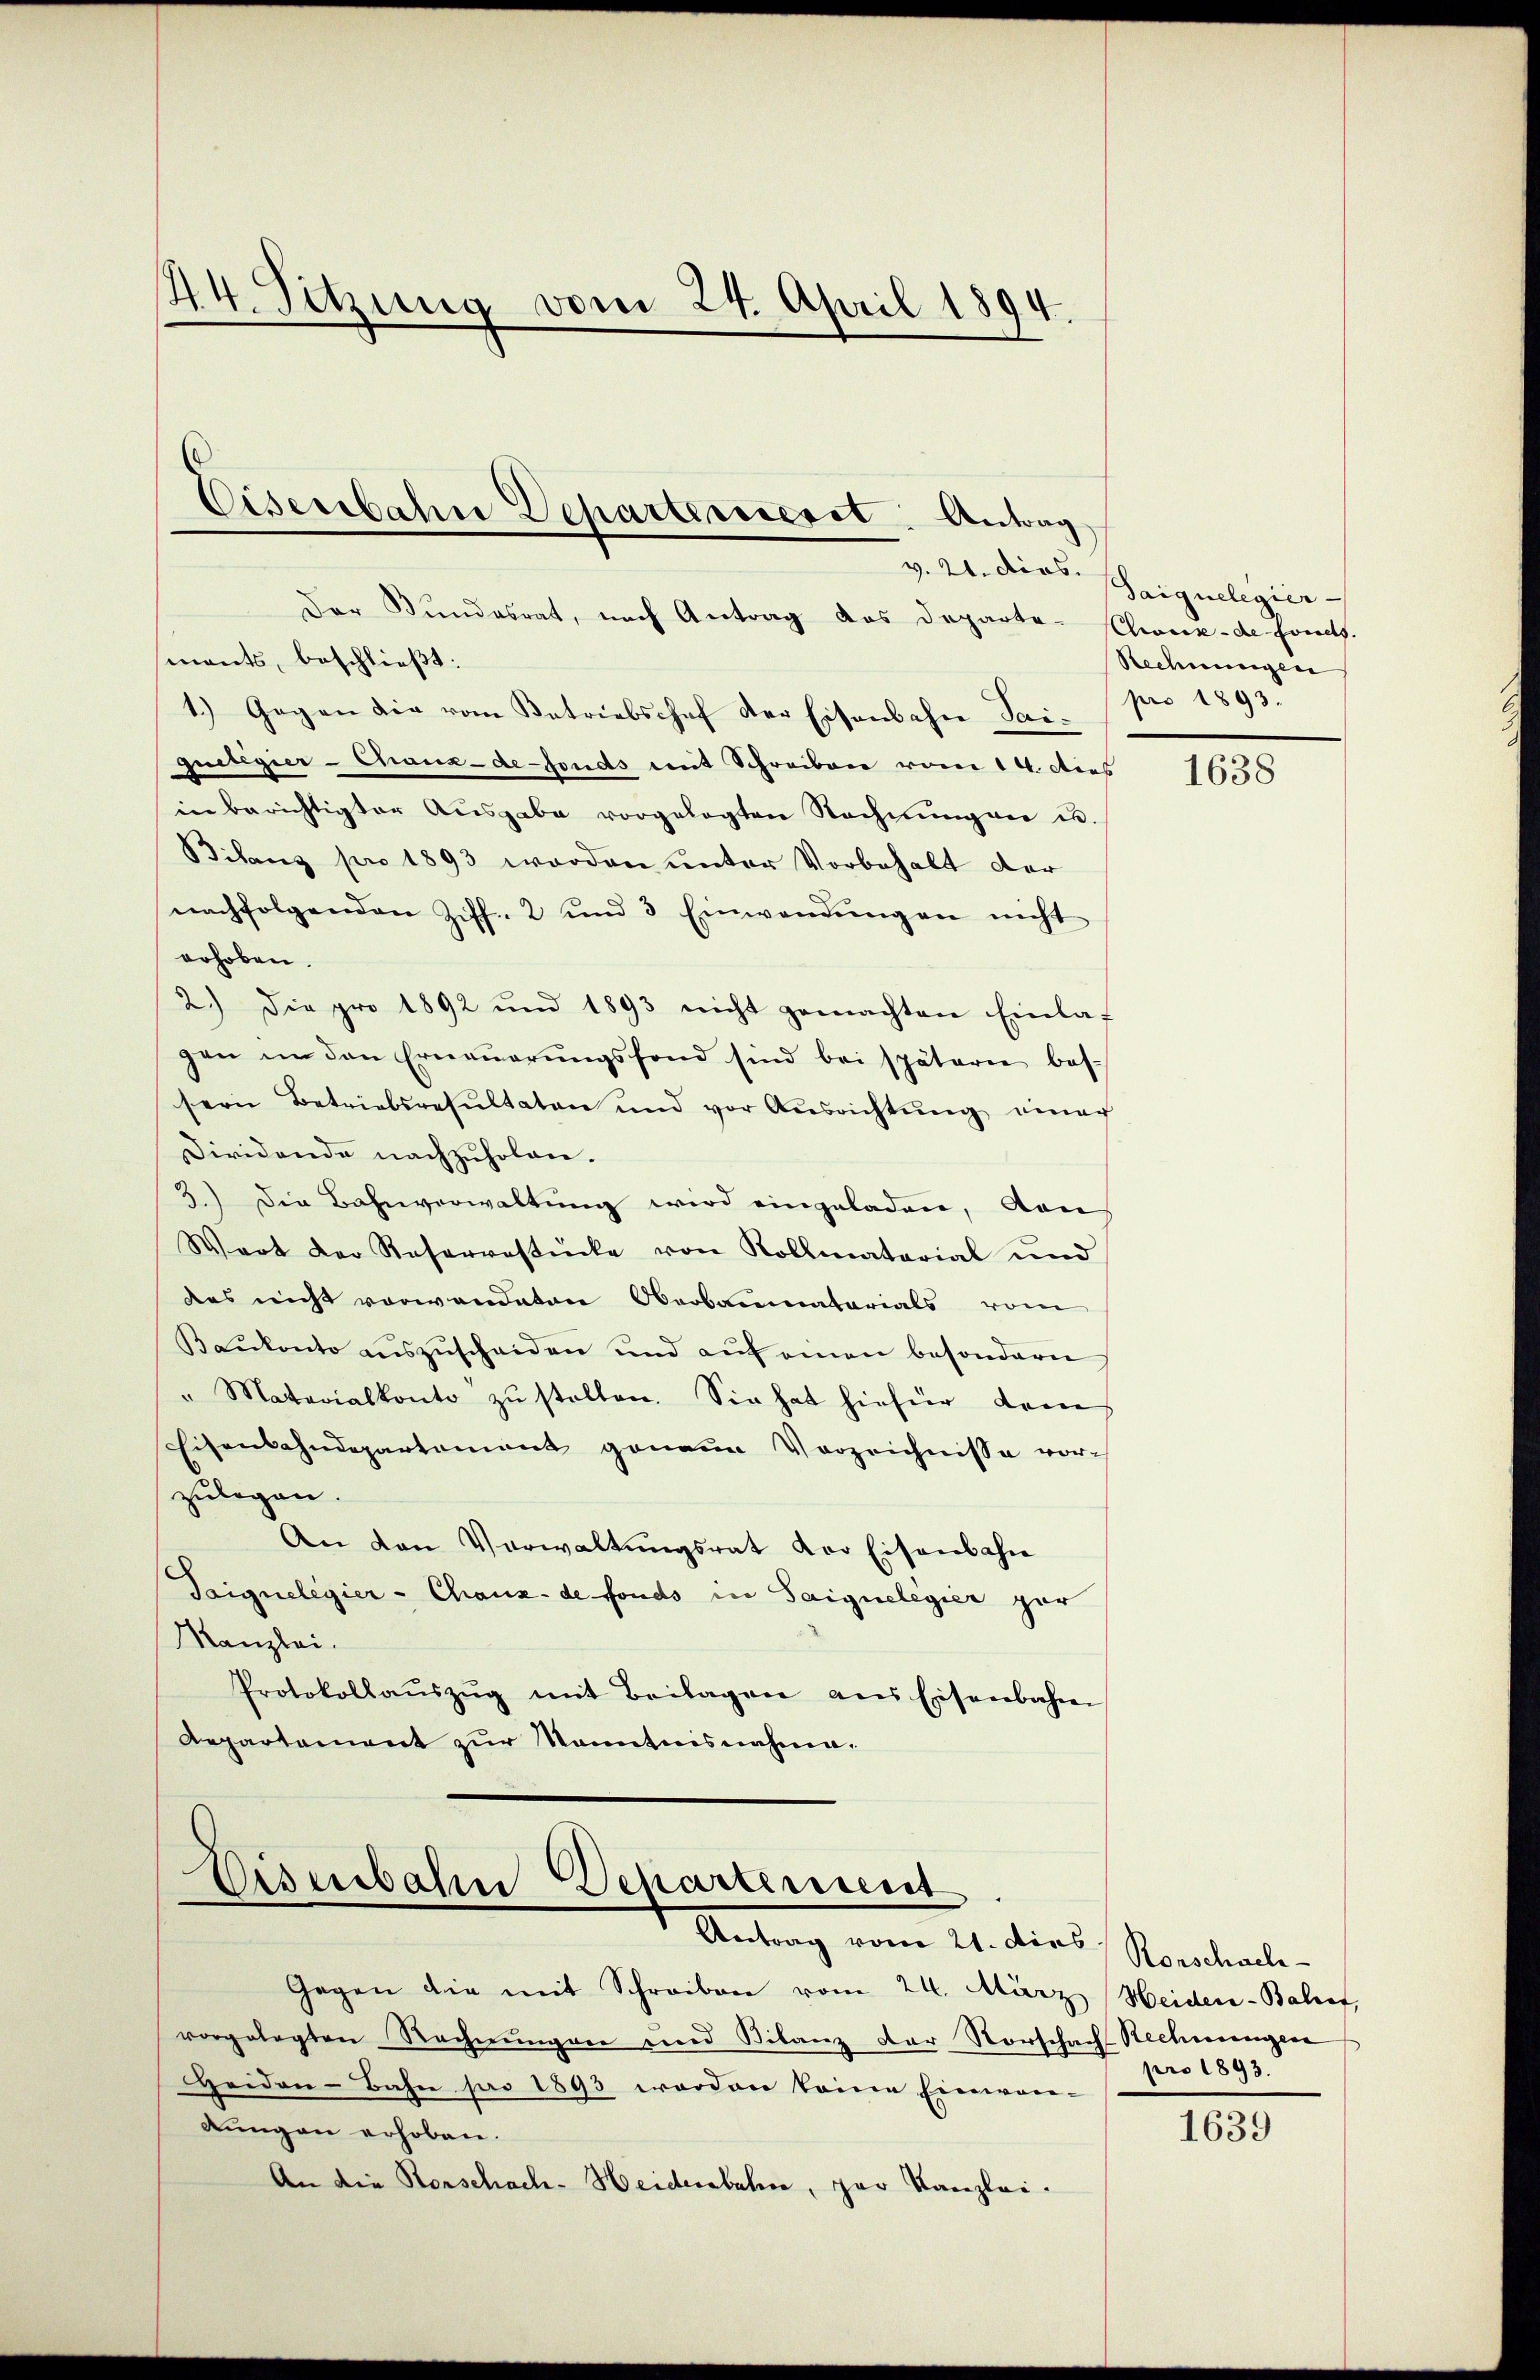
44. Sitzung vom 24. April 1894.

Eisenbahn Departerieret. Antrag
v. 21. Dios.

Der Bundesrat, nach Antrag das Departe-Kliux-de Forels.
mants, beschließt:
1.) Gegen die vom Betriebschof der Eisenbahn Sai-
quilegier-Chaux-de-Fonds mit Schreiben vom 14. dies
in berichtigter Aŭsgabe vorgelegten Rechnŭngen u.
Bilanz pro 1893 worden unter Vorbehalt der
nachfolgenden Ziff. 2 und 3 Einwendŭngen nicht
erhoben.
2.) Die pro 1892 und 1893 nicht gemachten Einla
gen in den Erneŭerŭngsfond sind bei spätern bes
sern Betriebsresultaten und vor Ausrichtŭng einer
Dividende nachzuholen.
3.) Die Bahnverwaltung wird eingeladen, von
Wart der Reservestücke von Kollmaterial und
des nicht vorwandten Oberbaumaterials vom
Baŭkonto aŭszŭscheiden und aŭf einen besonderer
" Materialkonto zŭ stellen. Sie hat hiefür denn
Eisenbahndepartement genaue Verzeichnisse vorzulegen.
An den Verwaltŭngsrat vor Eisenbahn
Taignelegier - Chanz. de fonds in Saignelegier gar
Kanzlei.
Protokollaŭszŭg mit Beilagen ans Eisenbahnen
Aepartement zur Kenntnisnahme.

Disenbahn Departement
Antrag vom 21. dies Rorschach-

Gegen die mit Schreiben vom 24. März Weiden-Balref,
vorgelegten Rechnŭngen und Bilanz der Vorschach Rechnungen
Heiden-Bahn pr 1893 worden keine Einwan-
dungen erhoben.
An die Rorschach-Heiderbahne, par Kanzlei.

Saiguelegier
Rechnungen
pro 1893.

1638

pro 1893.

1639